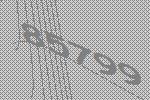
85799